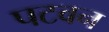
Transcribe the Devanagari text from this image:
पटवन